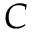
C